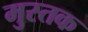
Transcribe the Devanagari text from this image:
मुस्तक